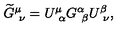
\widetilde { G } _ { \ \nu } ^ { \mu } = U _ { \ \alpha } ^ { \mu } G _ { \ \beta } ^ { \alpha } U _ { \ \nu } ^ { \beta } ,